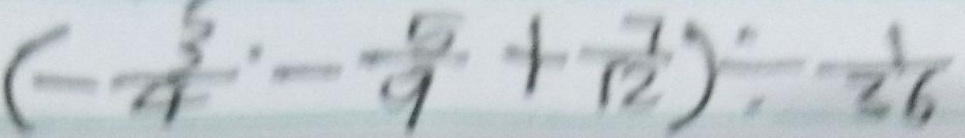
( - \frac { 3 } { 4 } - \frac { 5 } { 9 } + \frac { 7 } { 1 2 } ) \div \frac { 1 } { 3 6 }